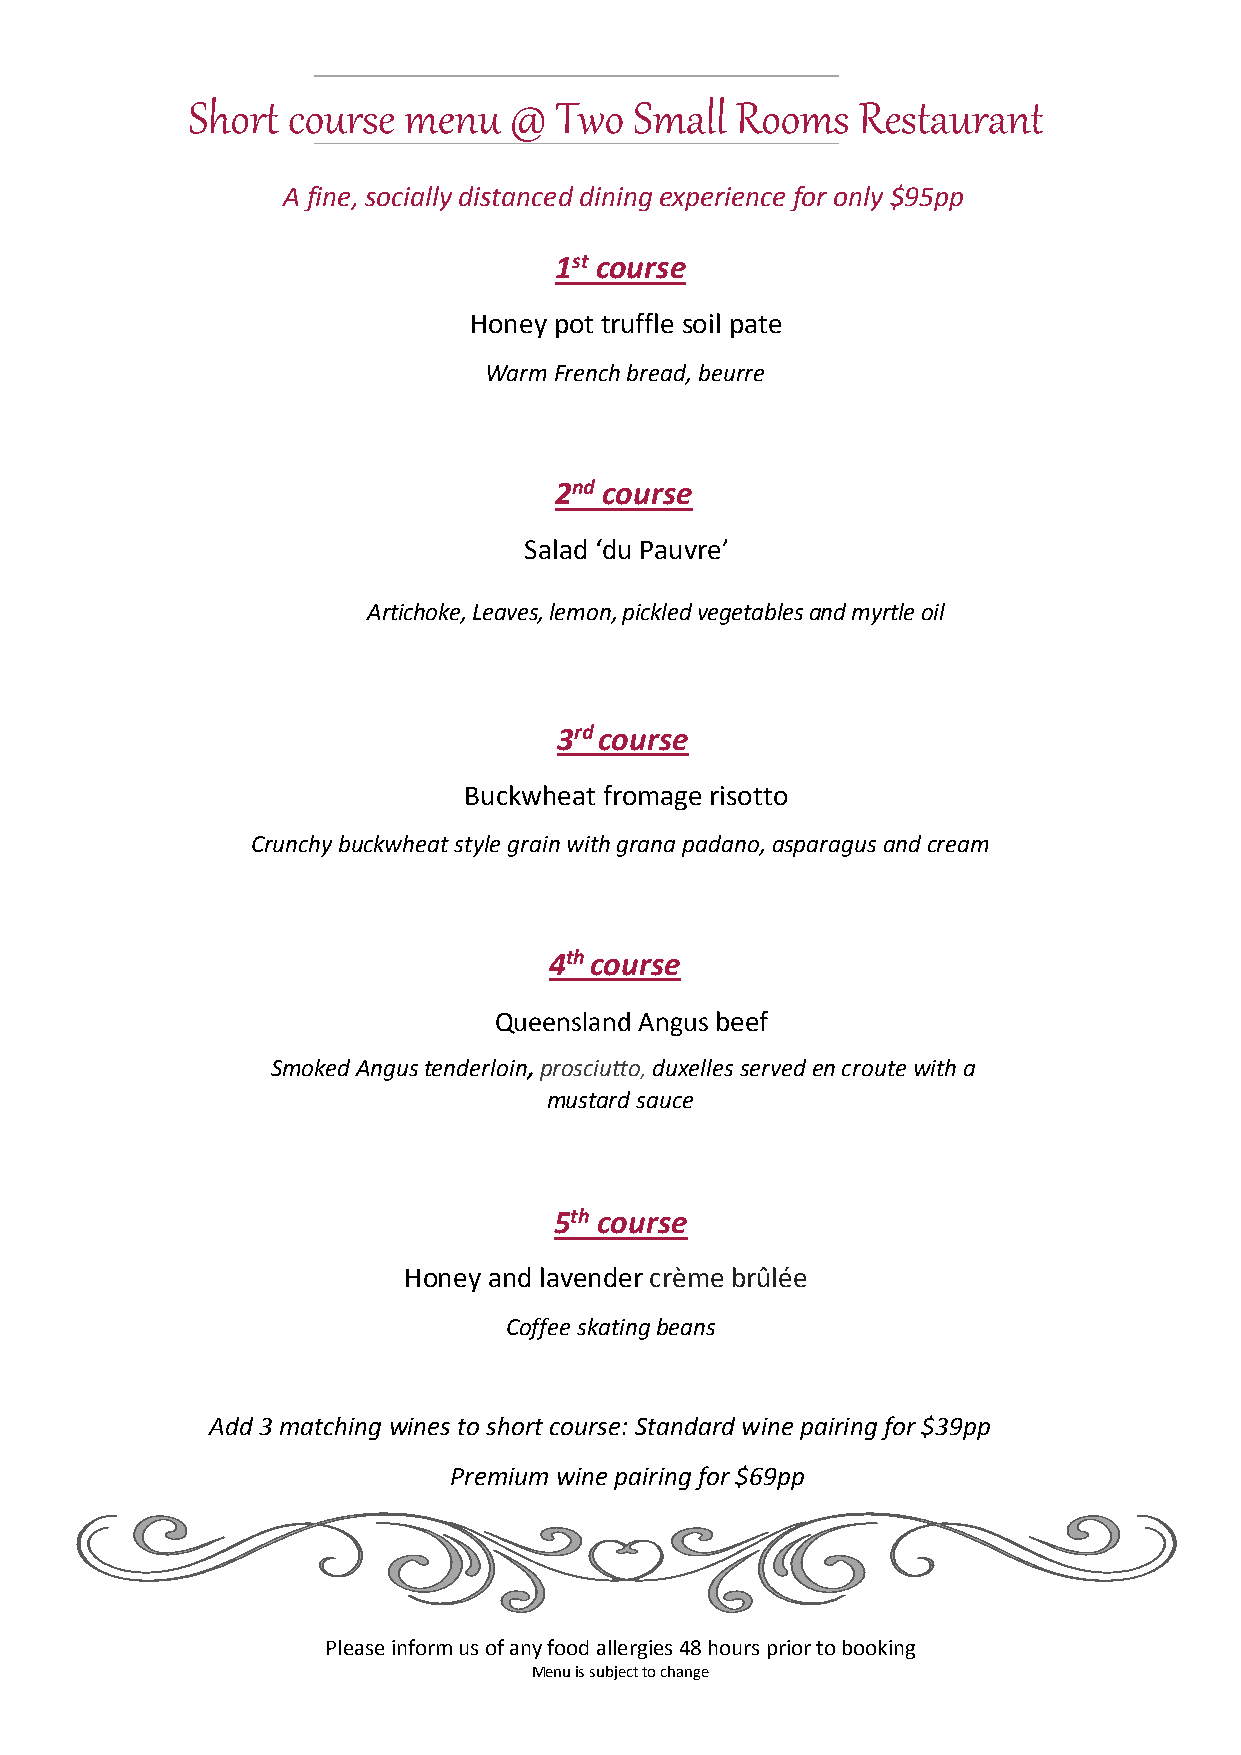
Short  course  menu   @  Two  Small  Rooms   Restaurant
 A fine, socially distanced dining experience for only $95pp
 1st course
 Honey pot truffle soil pate
 Warm French bread, beurre
 2nd course
 Salad ‘du Pauvre’
 Artichoke, Leaves, lemon, pickled vegetables and myrtle oil
 3rd course
 Buckwheat fromage risotto
 Crunchy buckwheat style grain with grana padano, asparagus and cream
 4th course
 Queensland Angus beef
 Smoked Angus tenderloin, prosciutto, duxelles served en croute with a
 mustard sauce
 5th course
 Honey and lavender crème brûlée
 Coffee skating beans
 Add 3 matching wines to short course: Standard wine pairing for $39pp
 Premium wine pairing for $69pp
 Please inform us of any food allergies 48 hours prior to booking
 Menu is subject to change